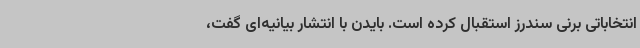
انتخاباتی برنی سندرز استقبال کرده است. بایدن با انتشار بیانیه‌ای گفت،